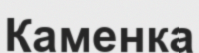
Каменка